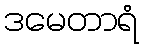
ဒမေတာရံ